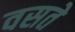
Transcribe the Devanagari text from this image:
वसते